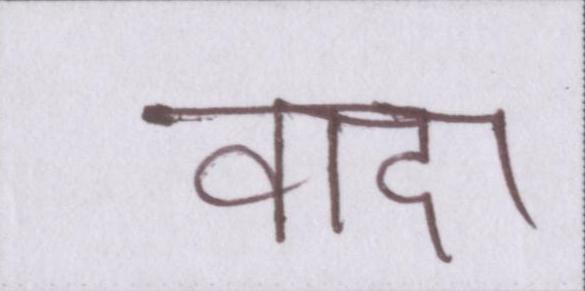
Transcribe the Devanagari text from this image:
वादा